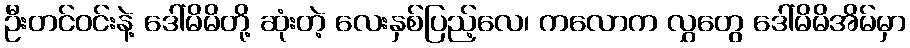
ဦးတင်ဝင်းနဲ့ ဒေါ်မိမိတို့ ဆုံးတဲ့ လေးနှစ်ပြည့်လေ၊ ကလောက လွှတွေ ဒေါ်မိမိအိမ်မှာ